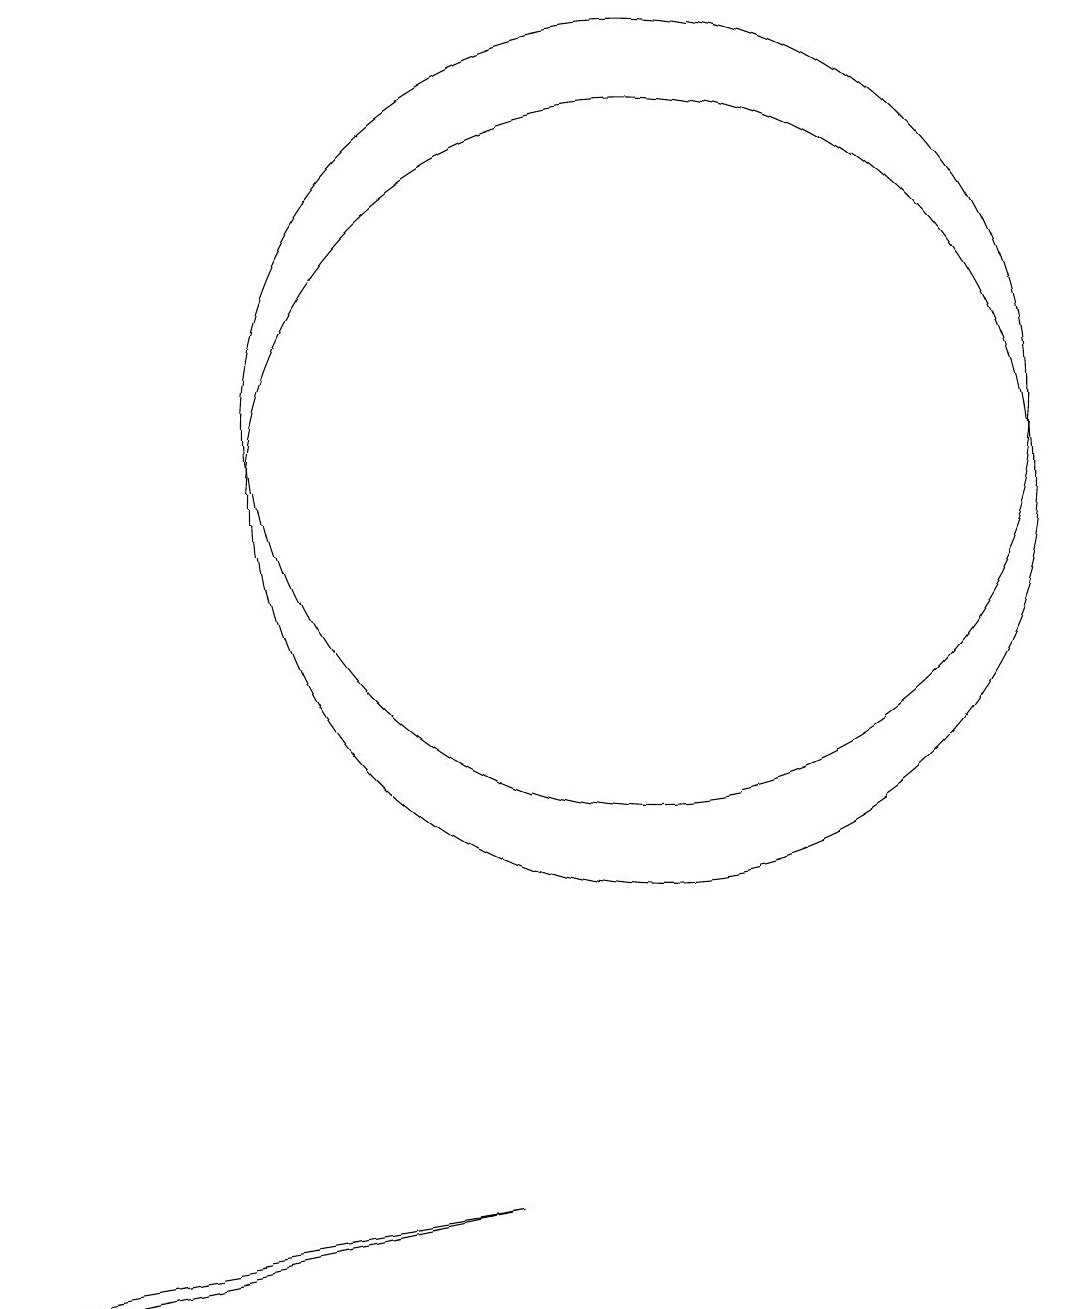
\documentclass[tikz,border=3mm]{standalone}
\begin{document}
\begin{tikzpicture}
\draw (3,1) -- (4,1) -- (9,2) -- cycle;
\draw (11,12) circle (5);
\draw (11,11) circle (5);
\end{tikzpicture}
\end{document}